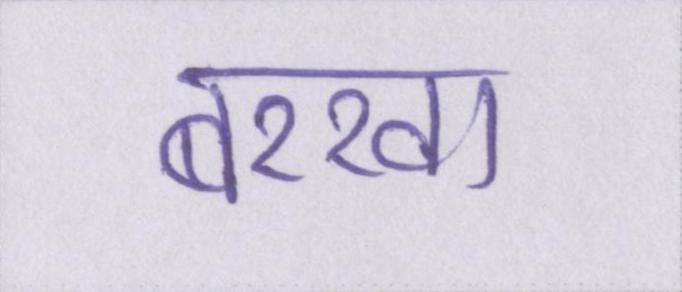
बरखा